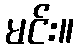
မင်း။